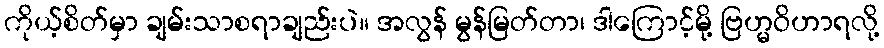
ကိုယ့်စိတ်မှာ ချမ်းသာစရာချည်းပဲ။ အလွန် မွန်မြတ်တာ၊ ဒါကြောင့်မို့ ဗြဟ္မဝိဟာရလို့